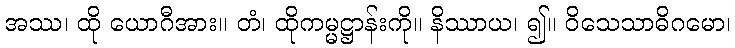
အဿ၊ ထို ယောဂီအား။ တံ၊ ထိုကမ္မဋ္ဌာန်းကို။ နိဿာယ၊ ၍။ ဝိသေသာဓိဂမော၊